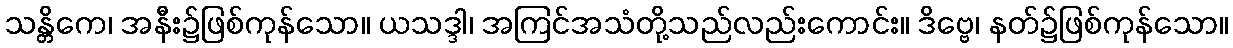
သန္တိကေ၊ အနီး၌ဖြစ်ကုန်သော။ ယသဒ္ဒါ၊ အကြင်အသံတို့သည်လည်းကောင်း။ ဒိဗ္ဗေ၊ နတ်၌ဖြစ်ကုန်သော။